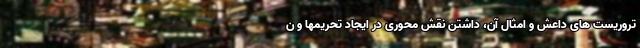
تروریست های داعش و امثال آن، داشتن نقش محوری در ایجاد تحریمها و ن